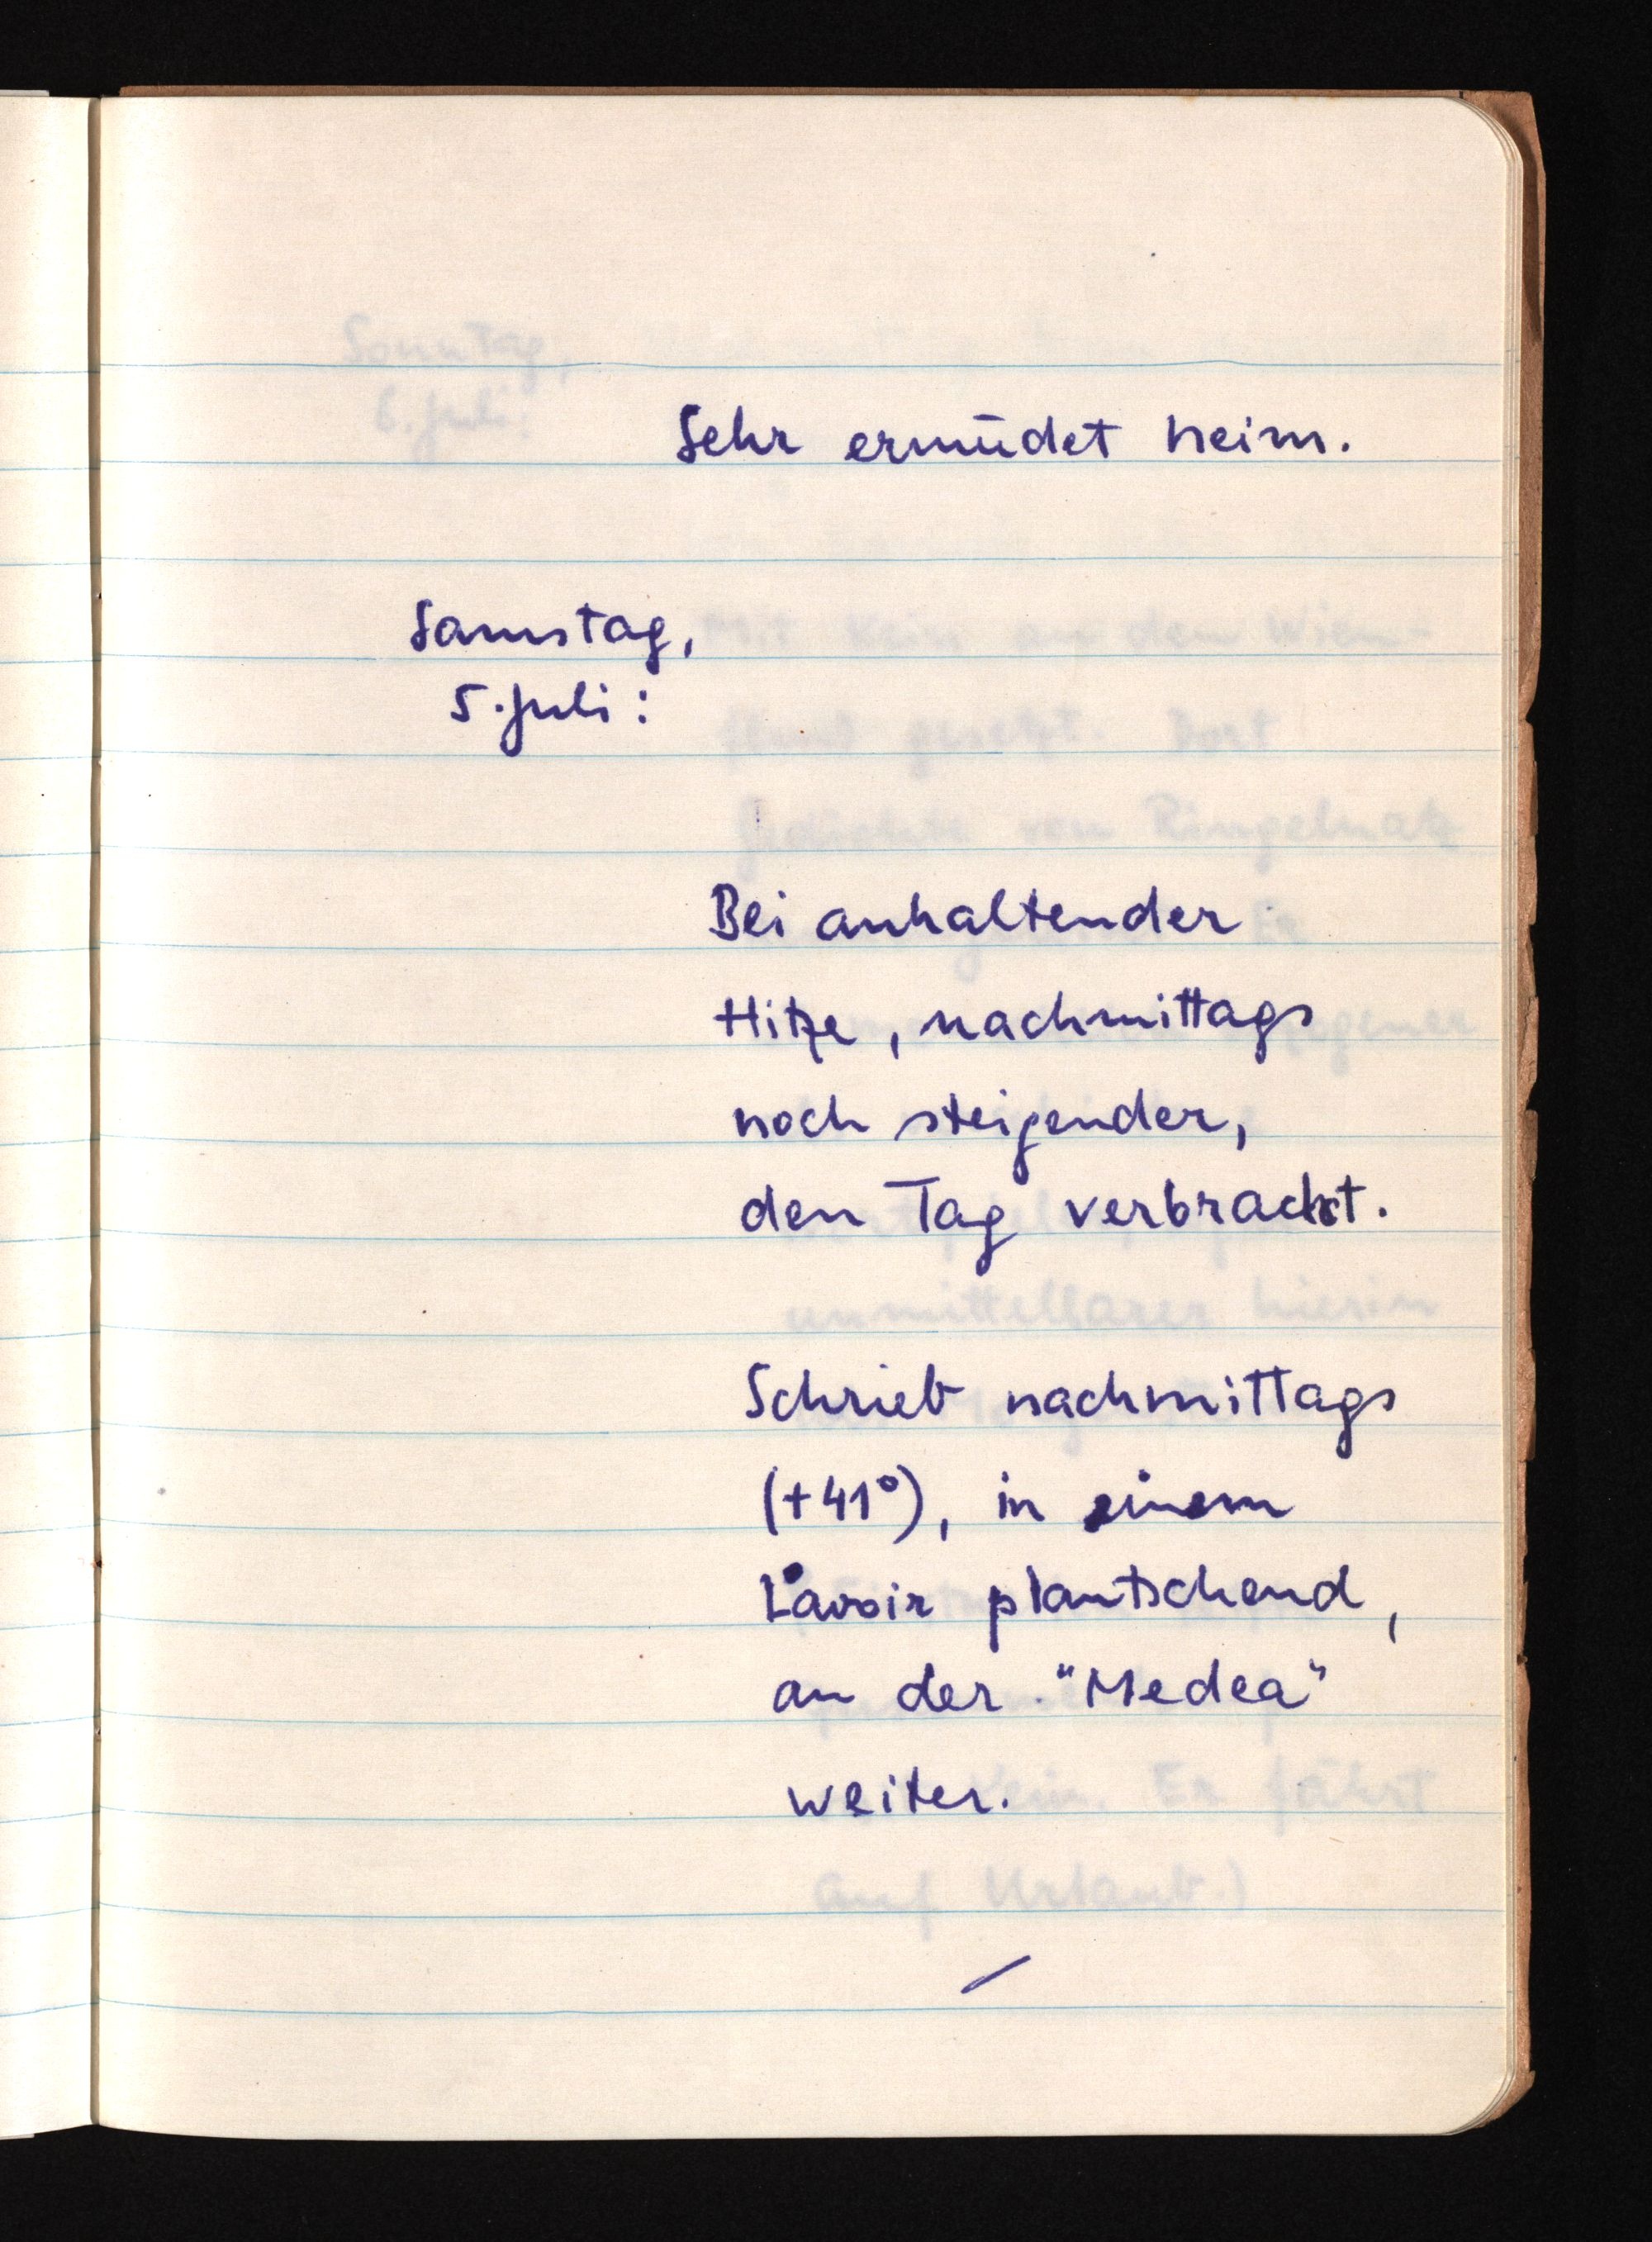
Sehr ermüdet heim.
Samstag,
5. Juli:
Bei anhaltender
Hitze, nachmittags
noch steigender,
den Tag verbracht.
Schrieb nachmittags
(+41°), in einem
Lavoir plantschend,
an der "Medea"
weiter.